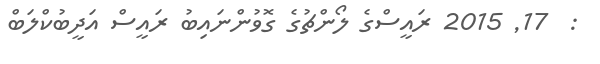
:  17